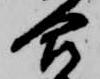
合